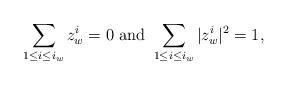
LaTeX: \begin{align*}\sum_{1\leq i\leq i_w} z^i_w = 0 \mbox{ and }\sum_{1\leq i\leq i_w} |z^i_w|^2 = 1,\end{align*}